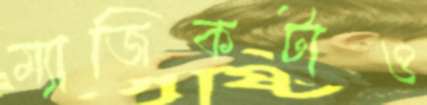
ম্যাজিকটাও